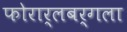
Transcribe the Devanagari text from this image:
फोरार्लबर्गला